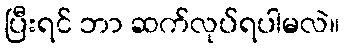
ပြီးရင် ဘာ ဆက်လုပ်ရပါမလဲ။